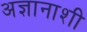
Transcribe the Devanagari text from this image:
अज्ञानाशी